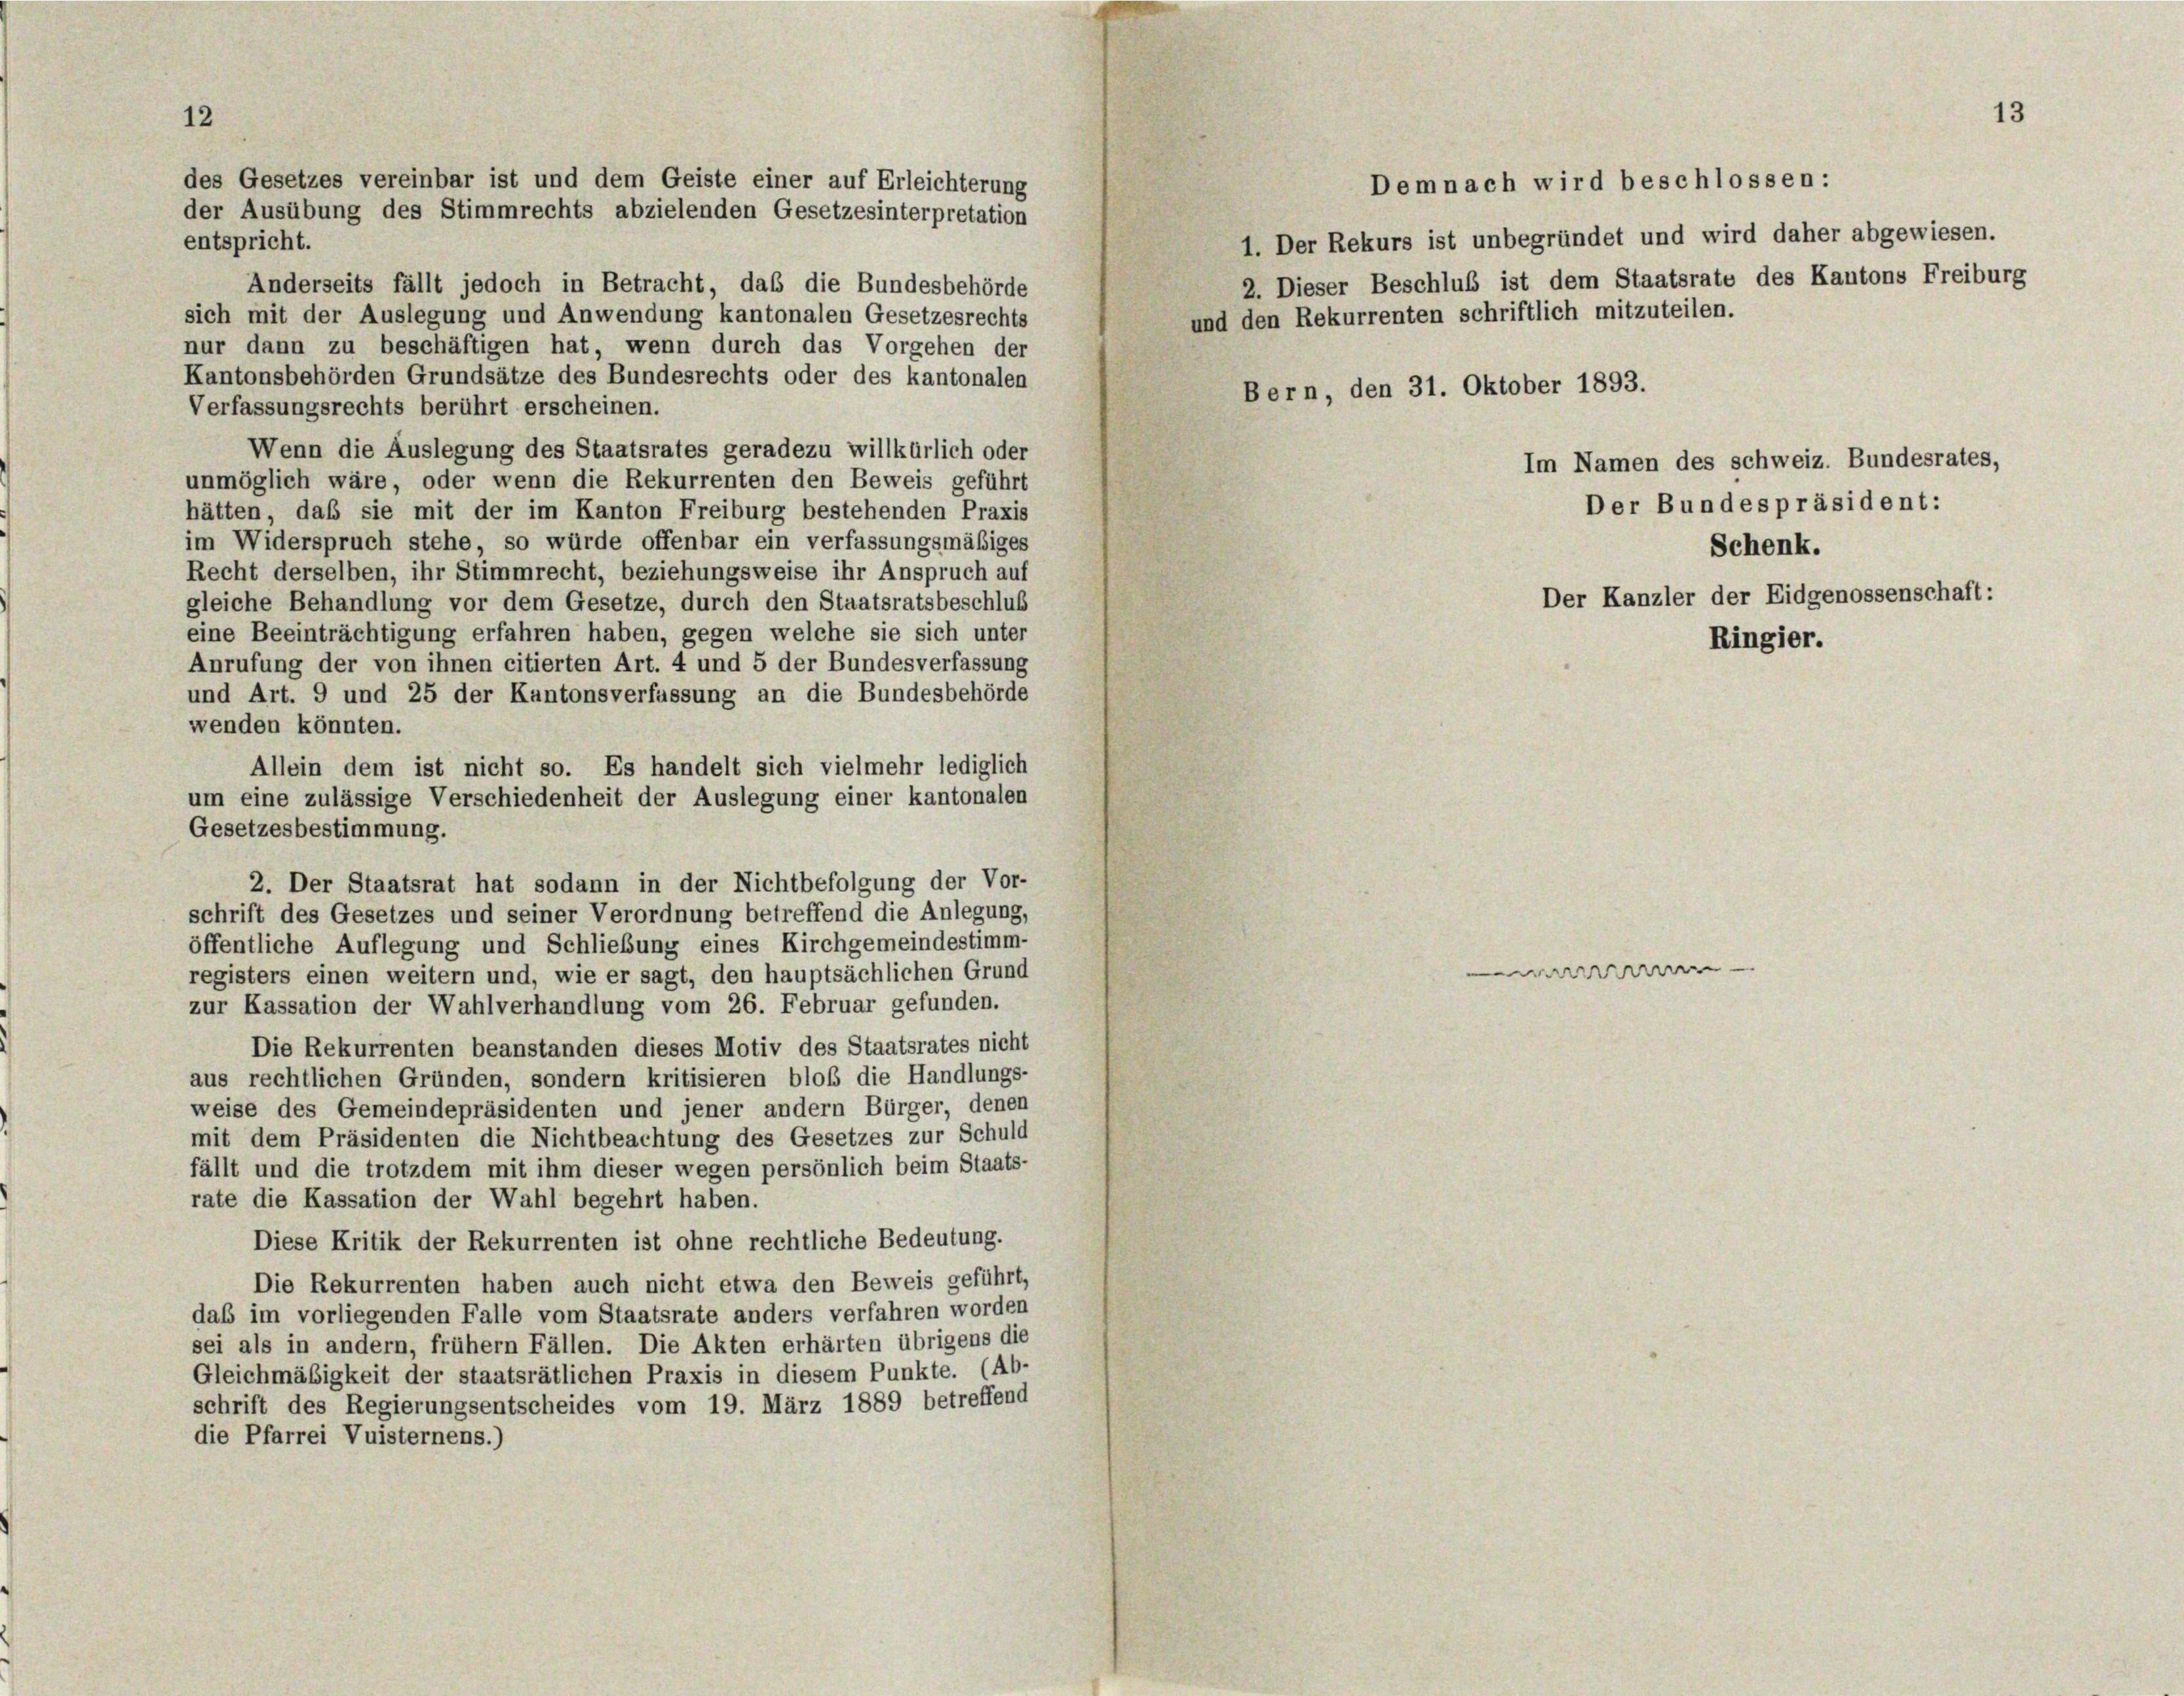
entspricht.
Anderseits fällt jedoch in Betracht, das die Bundesbehörde
sich mit der Auslegung und Anwendung kantonalen Gesetzesrechts
nur dann zu beschäftigen hat, wenn durch das Vorgehen der
Kantonsbehörden Grundsätze des Bundesrechts oder des kantonalen
Verfassungsrechts berührt erscheinen.
Wenn die Auslegung des Staatsrates geradezu willkürlich oder
unmöglich wäre, oder wenn die Rekurrenten den Beweis geführt
hätten, daß sie mit der im Kanton Freiburg bestehenden Praxis
im Widerspruch stehe, so würde offenbar ein verfassungsmäßiges
Recht derselben, ihr Stimmrecht, beziehungsweise ihr Anspruch auf
gleiche Behandlung vor dem Gesetze, durch den Staatsratsbeschlus
eine Beeinträchtigung erfahren haben, gegen welche sie sich unter
Anrufung der von ihnen citierten Art. 4 und 5 der Bundesverfassung
und Art. 9 und 25 der Kantonsverfassung an die Bundesbehörde
wenden könnten.
Allein dem ist nicht so. Es handelt sich vielmehr lediglich
um eine zulässige Verschiedenheit der Auslegung einer kantonalen
Gesetzesbestimmung.
2. Der Staatsrat hat sodann in der Nichtbefolgung der Vor-
schrift des Gesetzes und seiner Verordnung betreffend die Anlegung,
öffentliche Auflegung und Schließung eines Kirchgemeindestimm-
registers einen weitern und, wie er sagt, den hauptsächlichen Grund
zur Kassation der Wahlverhandlung vom 26. Februar gefunden.
Die Rekurrenten beanstanden dieses Motiv des Staatsrates nicht
aus rechtlichen Gründen, sondern kritisieren bloß die Handlungs-
weise des Gemeindepräsidenten und jener andern Bürger, denen
mit dem Präsidenten die Nichtbeachtung des Gesetzes zur Schuld
fällt und die trotzdem mit ihm dieser wegen persönlich beim Staats-
rate die Kassation der Wahl begehrt haben.
Diese Kritik der Rekurrenten ist ohne rechtliche Bedeutung.
Die Rekurrenten haben auch nicht etwa den Beweis geführt,
daß im vorliegenden Falle vom Staatsrate anders verfahren worden
sei als in andern, frühem Fällen. Die Akten erhärten übrigens die
Gleichmäßigkeit der staatsrätlichen Praxis in diesem Punkte. (Ab-
schrift des Regierungsentscheides vom 19. März 1889 betreffend
die Pfarrei Vuisternens.)

des Gesetzes vereinbar ist und dem Geiste einer auf Erleichterung
der Ausübung des Stimmrechts abzielenden Gesetzesinterpretation

Demnach wird beschlossen:

1. Der Rekurs ist unbegründet und wird daher abgewiesen.
und den Rekurrenten schriftlich mitzuteilen.
Bern, den 31. Oktober 1893.

2. Dieser Beschluß ist dem Staatsrate des Kantons Freiburg

Im Namen des schweiz. Bundesrates,
Der Bundespräsident:
Schenk.
Der Kanzler der Eidgenossenschaft:

Br

Ringier.